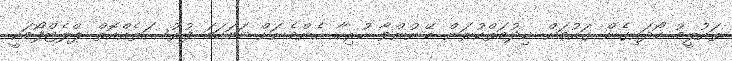
ތައުލީމު ހޯދައިގެން ގައުމަށް ޚިދުމަތްކުރަން ބޭނުންވާ ހުރިހާ އެންމެނަށް ހަމަހަމަ ފުރުސަތެއްއޮތް ޕްލެޓްފޯމަކީ